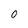
Character: O